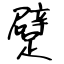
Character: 躄